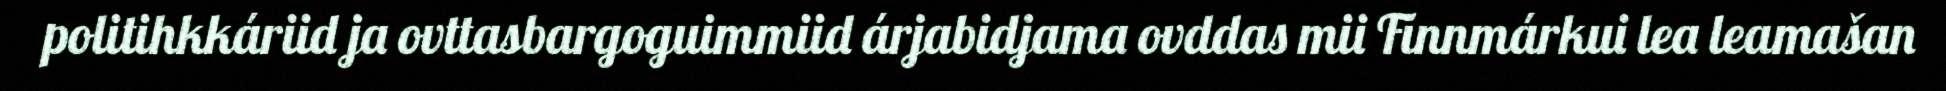
politihkkáriid ja ovttasbargoguimmiid árjabidjama ovddas mii Finnmárkui lea leamašan